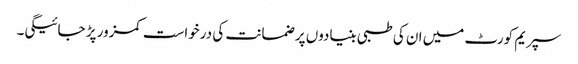
سپریم کورٹ میں ان کی طبی بنیادوں پر ضمانت کی درخواست کمزور پڑ جائیگی۔